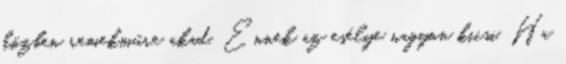
közben remekműre akad. Ennek az esélye nagyon kicsi. Ha